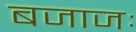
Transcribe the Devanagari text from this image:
बजाजः